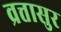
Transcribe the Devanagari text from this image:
व्रत्तासुर